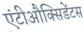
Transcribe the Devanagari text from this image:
एंटीऔक्सिडेंटस